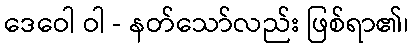
ဒေဝေါ ဝါ - နတ်သော်လည်း ဖြစ်ရာ၏၊